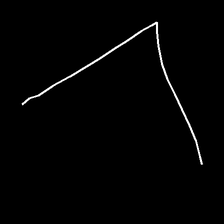
Glyph: region